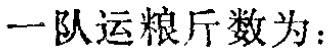
一队运粮斤数为：